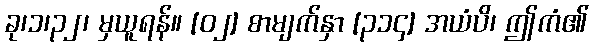
ခု၊၁၊၃၂၊ မှယူရန်။ [၀၂] စာမျက်နှာ [၃၁၄] အယံပိ၊ ဤကံ၏